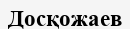
Досқожаев